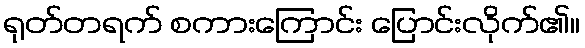
ရုတ်တရက် စကားကြောင်း ပြောင်းလိုက်၏။